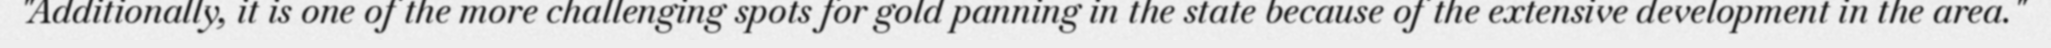
"Additionally, it is one of the more challenging spots for gold panning in the state because of the extensive development in the area."